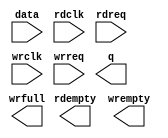
// megafunction wizard: %LPM_FIFO+%VBB%
// GENERATION: STANDARD
// VERSION: WM1.0
// MODULE: dcfifo 

// ============================================================
// Megafunction Name(s):
// 			dcfifo
// ============================================================
// ************************************************************
// THIS IS A WIZARD-GENERATED FILE. DO NOT EDIT THIS FILE!
//
// 6.0 Build 202 06/20/2006 SP 1 SJ Web Edition
// ************************************************************

//Copyright (C) 1991-2006 Altera Corporation
//Your use of Altera Corporation's design tools, logic functions 
//and other software and tools, and its AMPP partner logic 
//functions, and any output files any of the foregoing 
//(including device programming or simulation files), and any 
//associated documentation or information are expressly subject 
//to the terms and conditions of the Altera Program License 
//Subscription Agreement, Altera MegaCore Function License 
//Agreement, or other applicable license agreement, including, 
//without limitation, that your use is for the sole purpose of 
//programming logic devices manufactured by Altera and sold by 
//Altera or its authorized distributors.  Please refer to the 
//applicable agreement for further details.

module lpm_fifo1 (
	data,
	rdclk,
	rdreq,
	wrclk,
	wrreq,
	q,
	rdempty,
	wrempty,
	wrfull);

	input	[31:0]  data;
	input	  rdclk;
	input	  rdreq;
	input	  wrclk;
	input	  wrreq;
	output	[31:0]  q;
	output	  rdempty;
	output	  wrempty;
	output	  wrfull;

endmodule

// ============================================================
// CNX file retrieval info
// ============================================================
// Retrieval info: PRIVATE: AlmostEmpty NUMERIC "0"
// Retrieval info: PRIVATE: AlmostEmptyThr NUMERIC "-1"
// Retrieval info: PRIVATE: AlmostFull NUMERIC "0"
// Retrieval info: PRIVATE: AlmostFullThr NUMERIC "-1"
// Retrieval info: PRIVATE: CLOCKS_ARE_SYNCHRONIZED NUMERIC "0"
// Retrieval info: PRIVATE: Clock NUMERIC "4"
// Retrieval info: PRIVATE: Depth NUMERIC "16"
// Retrieval info: PRIVATE: Empty NUMERIC "1"
// Retrieval info: PRIVATE: Full NUMERIC "1"
// Retrieval info: PRIVATE: INTENDED_DEVICE_FAMILY STRING "Cyclone"
// Retrieval info: PRIVATE: LE_BasedFIFO NUMERIC "0"
// Retrieval info: PRIVATE: LegacyRREQ NUMERIC "1"
// Retrieval info: PRIVATE: MAX_DEPTH_BY_9 NUMERIC "0"
// Retrieval info: PRIVATE: OVERFLOW_CHECKING NUMERIC "0"
// Retrieval info: PRIVATE: Optimize NUMERIC "2"
// Retrieval info: PRIVATE: RAM_BLOCK_TYPE NUMERIC "0"
// Retrieval info: PRIVATE: UNDERFLOW_CHECKING NUMERIC "0"
// Retrieval info: PRIVATE: UsedW NUMERIC "1"
// Retrieval info: PRIVATE: Width NUMERIC "32"
// Retrieval info: PRIVATE: dc_aclr NUMERIC "0"
// Retrieval info: PRIVATE: rsEmpty NUMERIC "1"
// Retrieval info: PRIVATE: rsFull NUMERIC "0"
// Retrieval info: PRIVATE: rsUsedW NUMERIC "0"
// Retrieval info: PRIVATE: sc_aclr NUMERIC "0"
// Retrieval info: PRIVATE: sc_sclr NUMERIC "0"
// Retrieval info: PRIVATE: wsEmpty NUMERIC "1"
// Retrieval info: PRIVATE: wsFull NUMERIC "1"
// Retrieval info: PRIVATE: wsUsedW NUMERIC "0"
// Retrieval info: CONSTANT: ADD_RAM_OUTPUT_REGISTER STRING "OFF"
// Retrieval info: CONSTANT: CLOCKS_ARE_SYNCHRONIZED STRING "FALSE"
// Retrieval info: CONSTANT: INTENDED_DEVICE_FAMILY STRING "Cyclone"
// Retrieval info: CONSTANT: LPM_NUMWORDS NUMERIC "16"
// Retrieval info: CONSTANT: LPM_SHOWAHEAD STRING "OFF"
// Retrieval info: CONSTANT: LPM_TYPE STRING "dcfifo"
// Retrieval info: CONSTANT: LPM_WIDTH NUMERIC "32"
// Retrieval info: CONSTANT: LPM_WIDTHU NUMERIC "4"
// Retrieval info: CONSTANT: OVERFLOW_CHECKING STRING "ON"
// Retrieval info: CONSTANT: UNDERFLOW_CHECKING STRING "ON"
// Retrieval info: CONSTANT: USE_EAB STRING "ON"
// Retrieval info: USED_PORT: data 0 0 32 0 INPUT NODEFVAL data[31..0]
// Retrieval info: USED_PORT: q 0 0 32 0 OUTPUT NODEFVAL q[31..0]
// Retrieval info: USED_PORT: rdclk 0 0 0 0 INPUT NODEFVAL rdclk
// Retrieval info: USED_PORT: rdempty 0 0 0 0 OUTPUT NODEFVAL rdempty
// Retrieval info: USED_PORT: rdreq 0 0 0 0 INPUT NODEFVAL rdreq
// Retrieval info: USED_PORT: wrclk 0 0 0 0 INPUT NODEFVAL wrclk
// Retrieval info: USED_PORT: wrempty 0 0 0 0 OUTPUT NODEFVAL wrempty
// Retrieval info: USED_PORT: wrfull 0 0 0 0 OUTPUT NODEFVAL wrfull
// Retrieval info: USED_PORT: wrreq 0 0 0 0 INPUT NODEFVAL wrreq
// Retrieval info: CONNECT: @data 0 0 32 0 data 0 0 32 0
// Retrieval info: CONNECT: q 0 0 32 0 @q 0 0 32 0
// Retrieval info: CONNECT: @wrreq 0 0 0 0 wrreq 0 0 0 0
// Retrieval info: CONNECT: @rdreq 0 0 0 0 rdreq 0 0 0 0
// Retrieval info: CONNECT: @rdclk 0 0 0 0 rdclk 0 0 0 0
// Retrieval info: CONNECT: @wrclk 0 0 0 0 wrclk 0 0 0 0
// Retrieval info: CONNECT: rdempty 0 0 0 0 @rdempty 0 0 0 0
// Retrieval info: CONNECT: wrfull 0 0 0 0 @wrfull 0 0 0 0
// Retrieval info: CONNECT: wrempty 0 0 0 0 @wrempty 0 0 0 0
// Retrieval info: LIBRARY: altera_mf altera_mf.altera_mf_components.all
// Retrieval info: GEN_FILE: TYPE_NORMAL lpm_fifo1.v TRUE
// Retrieval info: GEN_FILE: TYPE_NORMAL lpm_fifo1.inc FALSE
// Retrieval info: GEN_FILE: TYPE_NORMAL lpm_fifo1.cmp FALSE
// Retrieval info: GEN_FILE: TYPE_NORMAL lpm_fifo1.bsf TRUE FALSE
// Retrieval info: GEN_FILE: TYPE_NORMAL lpm_fifo1_inst.v FALSE
// Retrieval info: GEN_FILE: TYPE_NORMAL lpm_fifo1_bb.v TRUE
// Retrieval info: GEN_FILE: TYPE_NORMAL lpm_fifo1_waveforms.html TRUE
// Retrieval info: GEN_FILE: TYPE_NORMAL lpm_fifo1_wave*.jpg FALSE